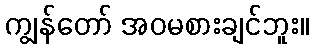
ကျွန်တော် အဝမစားချင်ဘူး။